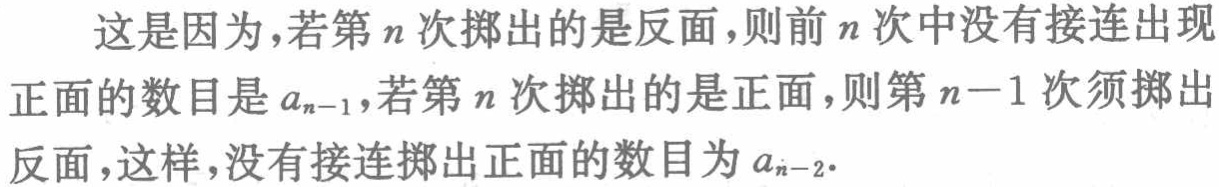
这是因为，若第\(n\)次掷出的是反面，则前\(n\)次中没有接连出现正面的数目是\(a_{n - 1}\)，若第\(n\)次掷出的是正面，则第\(n - 1\)次须掷出反面，这样，没有接连掷出正面的数目为\(a_{n - 2}\)。